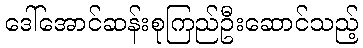
ဒေါ်အောင်ဆန်းစုကြည်ဦးဆောင်သည့်